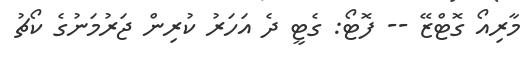
މާރިއޯ ގޮޓްޒޭ -- ފޮޓޯ: ގެޓީ ދެ އަހަރު ކުރިން ޖަރުމަނުގެ ކޯޗު